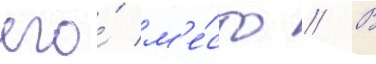
его́ м'е́сто // В